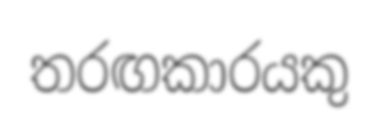
තරඟකාරයකු